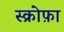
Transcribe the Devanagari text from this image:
स्क्रोफ़ा